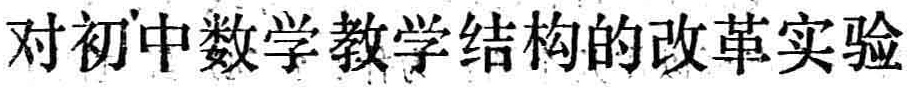
对初中数学教学结构的改革实验